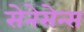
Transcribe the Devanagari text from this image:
सेनेसेन्स